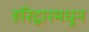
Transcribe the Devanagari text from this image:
हरिद्वारमधून